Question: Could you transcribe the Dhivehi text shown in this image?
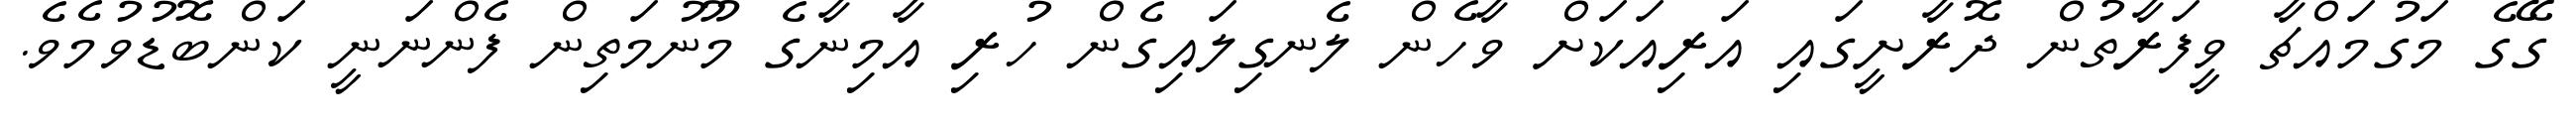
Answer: ގޭގެ މަގުމައްޗާ ވީފަރާތުން ދޮރާށީގައި އަރިއަކަށް ވާހެން ލެނގިލައިގެން ހުރި އާމިނާގެ މޫނުމަތިން ފެންނަނީ ކަންބޮޑުވުމެވެ.